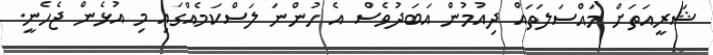
ޝަރީއަތަށް މައްސަލަތައް ދިއުމުން އަބަދުވެސް އެ ހުންނަ ލަސްކަމެއްގައި މި އުޅެން ޖެހެނީ.